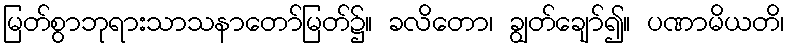
မြတ်စွာဘုရားသာသနာတော်မြတ်၌။ ခလိတော၊ ချွတ်ချော်၍။ ပဏာမိယတိ၊